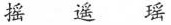
摇 遥 瑶